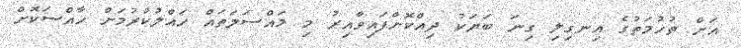
އަށް ތުހުމަތުގެ އިނގިލި ގިނަ ބަޔަކު ދިއްކޮށްފައިވާއިރު މި މައްސަލަތައް ހައްލުކުރުމަށް ހާއްސަކޮށް